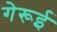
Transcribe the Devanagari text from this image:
गेरूई